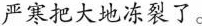
严寒把大地冻裂了。